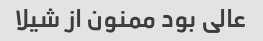
عالی بود ممنون از شیلا